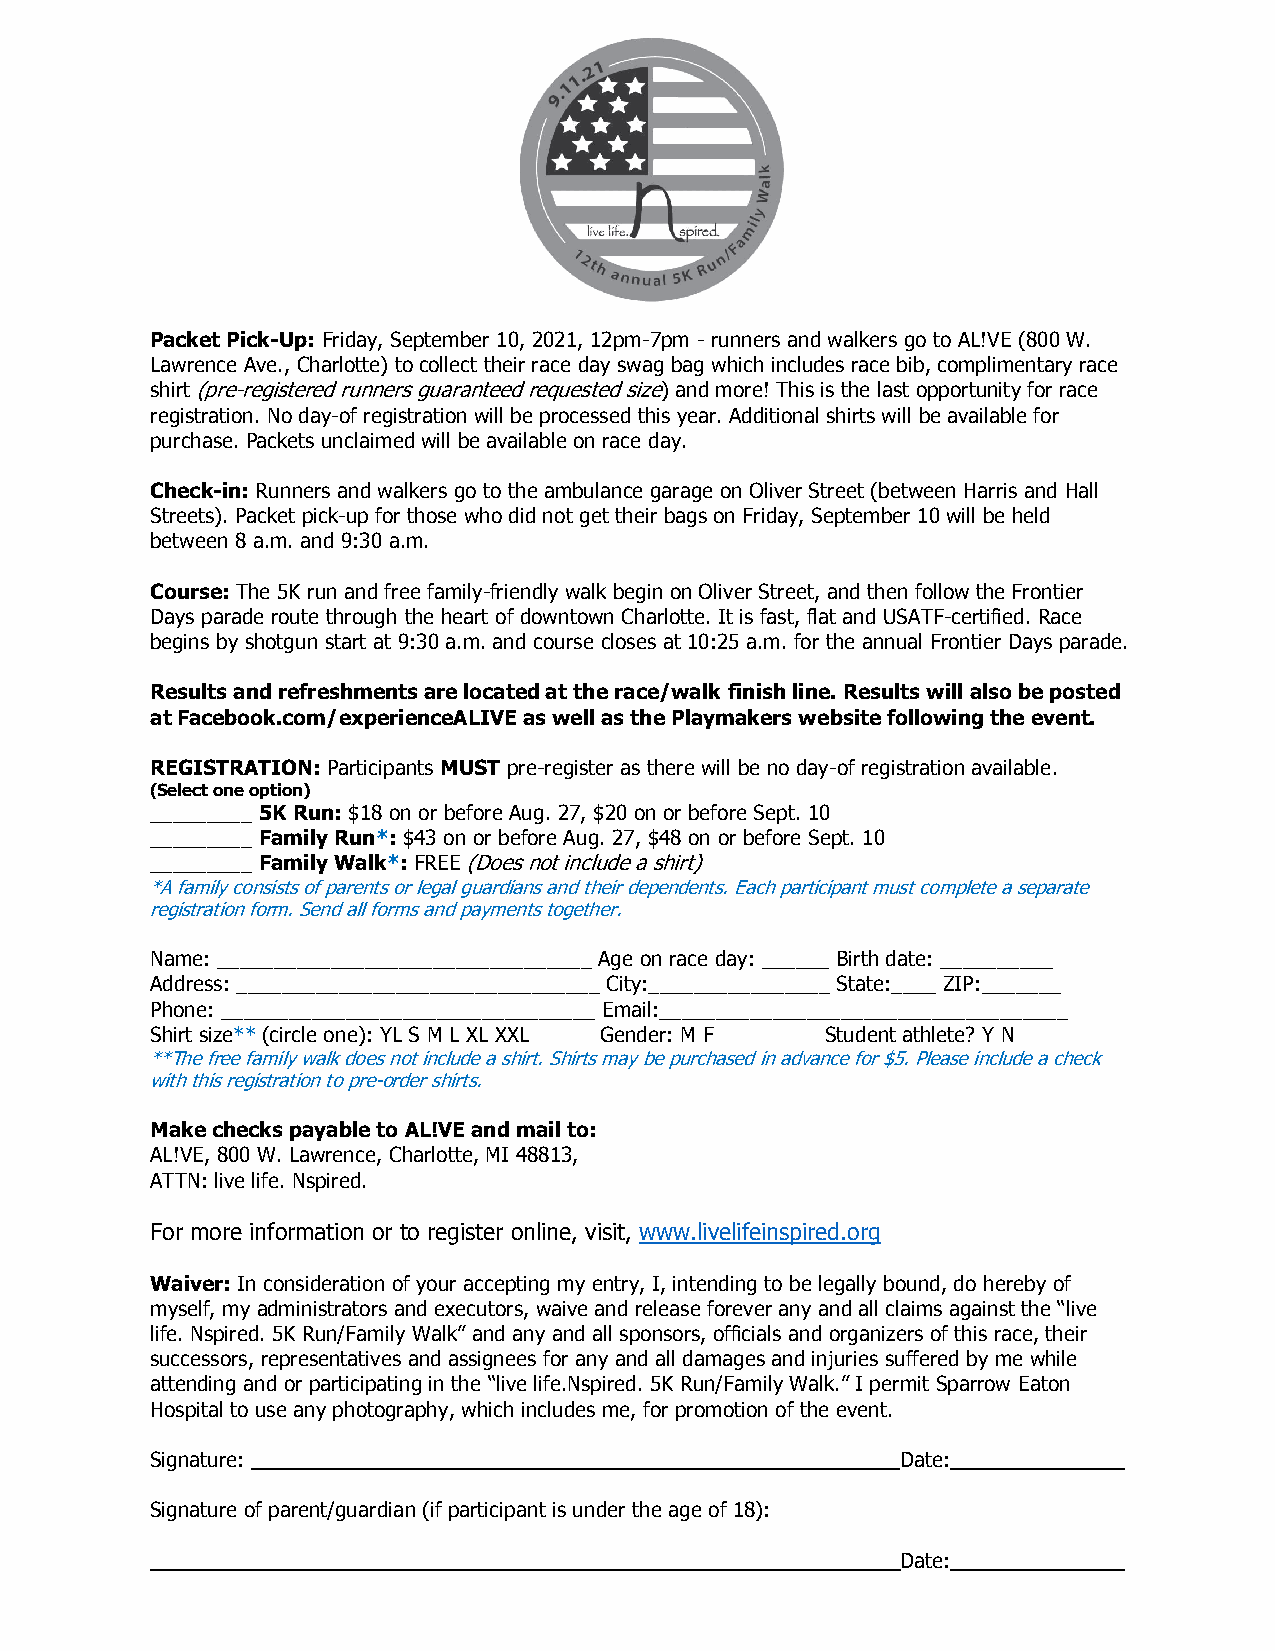
Packet Pick-Up: Friday, September 10, 2021, 12pm-7pm - runners and walkers go to AL!VE (800 W.
 Lawrence Ave., Charlotte) to collect their race day swag bag which includes race bib, complimentary race
 shirt (pre-registered runners guaranteed requested size) and more! This is the last opportunity for race
 registration. No day-of registration will be processed this year. Additional shirts will be available for
 purchase. Packets unclaimed will be available on race day.
 Check-in: Runners and walkers go to the ambulance garage on Oliver Street (between Harris and Hall
 Streets). Packet pick-up for those who did not get their bags on Friday, September 10 will be held
 between 8 a.m. and 9:30 a.m.
 Course: The 5K run and free family-friendly walk begin on Oliver Street, and then follow the Frontier
 Days parade route through the heart of downtown Charlotte. It is fast, flat and USATF-certified. Race
 begins by shotgun start at 9:30 a.m. and course closes at 10:25 a.m. for the annual Frontier Days parade.
 Results and refreshments are located at the race/walk finish line. Results will also be posted
 at Facebook.com/experienceALIVE as well as the Playmakers website following the event.
 REGISTRATION: Participants MUST pre-register as there will be no day-of registration available.
 (Select one option)
 _________ 5K Run: $18 on or before Aug. 27, $20 on or before Sept. 10
 _________ Family Run*: $43 on or before Aug. 27, $48 on or before Sept. 10
 _________ Family Walk*: FREE (Does not include a shirt)
 *A family consists of parents or legal guardians and their dependents. Each participant must complete a separate
 registration form. Send all forms and payments together.
 Name: _________________________________ Age on race day: ______ Birth date: __________
 Address: ________________________________ City:________________ State:____ ZIP:_______
 Phone: _________________________________ Email:____________________________________
 Shirt size** (circle one): YL S M L XL XXL Gender: M F Student athlete? Y N
 **The free family walk does not include a shirt. Shirts may be purchased in advance for $5. Please include a check
 with this registration to pre-order shirts.
 Make checks payable to AL!VE and mail to:
 AL!VE, 800 W. Lawrence, Charlotte, MI 48813,
 ATTN: live life. Nspired.
 For more information or to register online, visit, www.livelifeinspired.org
 Waiver: In consideration of your accepting my entry, I, intending to be legally bound, do hereby of
 myself, my administrators and executors, waive and release forever any and all claims against the “live
 life. Nspired. 5K Run/Family Walk” and any and all sponsors, officials and organizers of this race, their
 successors, representatives and assignees for any and all damages and injuries suffered by me while
 attending and or participating in the “live life.Nspired. 5K Run/Family Walk.” I permit Sparrow Eaton
 Hospital to use any photography, which includes me, for promotion of the event.
 Signature:                                        Date:
 Signature of parent/guardian (if participant is under the age of 18):
 Date: